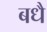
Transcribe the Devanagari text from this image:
बधै